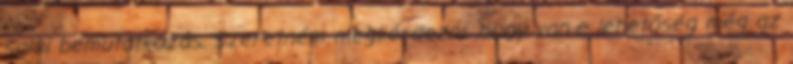
saloi bemutatkozás. Szeretném megkérdezni, hogy van-e lehetőség még az